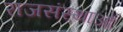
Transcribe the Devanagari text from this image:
राजसंस्थाओं